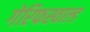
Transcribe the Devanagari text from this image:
गेरिफस्वाल्ड